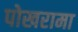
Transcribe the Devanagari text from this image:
पोखरामा